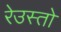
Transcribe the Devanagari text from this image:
रेउस्तो